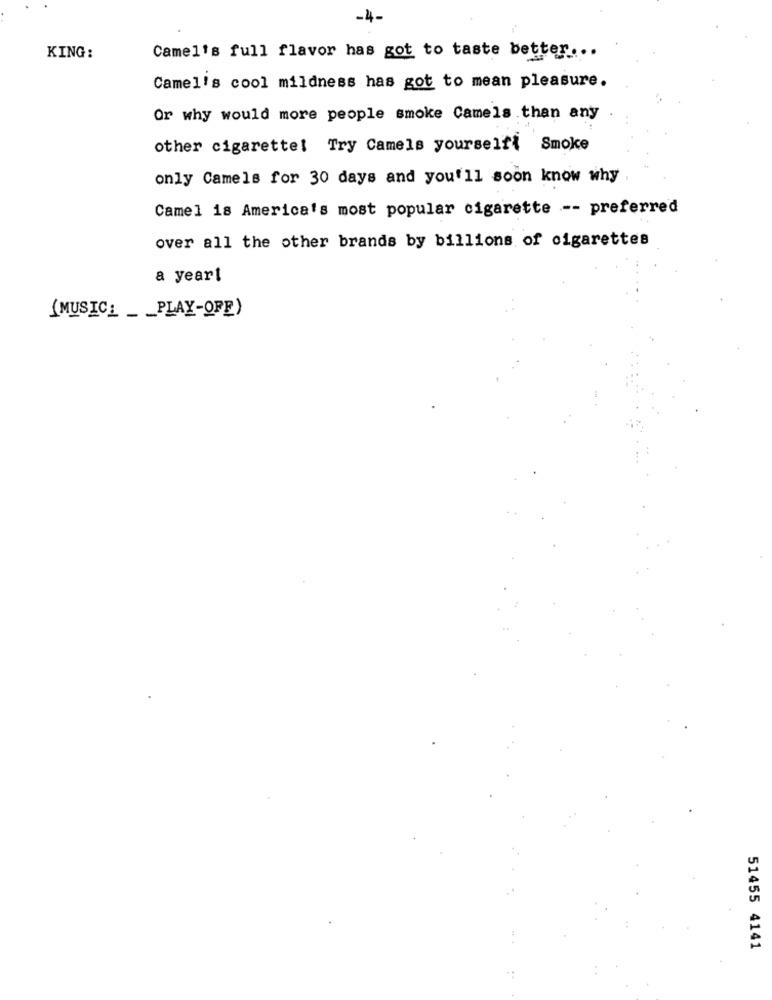
-4-
KING :
Camel's full flavor has got to taste better ...
Camel's cool mildness has got to mean pleasure.
Or why would more people smoke Camels than any
other cigarette! Try Camels yourselfl Smoke
only Camels for 30 days and you'll soon know why
Camel 18 America's most popular cigarette -- preferred
over all the other brands by billions of cigarettes
a year!
(MUSIC_ _ _ PLAY-OFF)
51455 4141